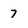
Character: 7